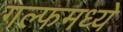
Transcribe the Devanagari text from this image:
गल्फमध्ये